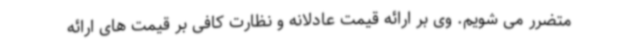
متضرر می شویم. وی بر ارائه قیمت عادلانه و نظارت کافی بر قیمت های ارائه